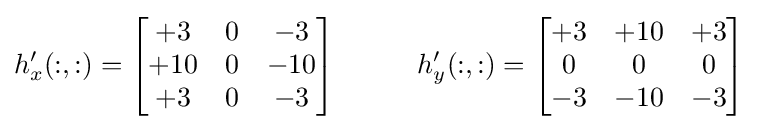
h_{x}'(:,:)={\begin{bmatrix}+3&0&-3\\+10&0&-10\\+3&0&-3\end{bmatrix}}\ \ \ \ \ \ \ \ \ h_{y}'(:,:)={\begin{bmatrix}+3&+10&+3\\0&0&0\\-3&-10&-3\end{bmatrix}}